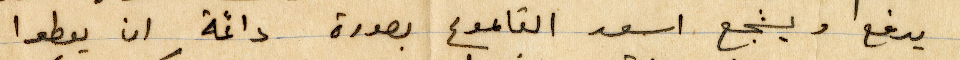
يدفع ويشجع اسعد القاموع بصورة دائمة ان يعطوا